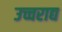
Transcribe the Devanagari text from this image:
उच्चराद्य